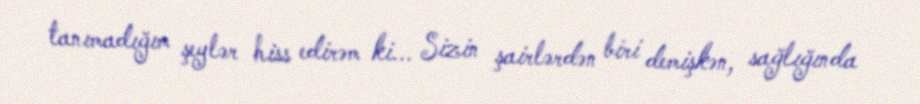
tanımadığım şeylər hiss edirəm ki... Sizin şairlərdən biri demişkən, sağlığında